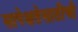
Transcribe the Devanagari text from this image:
सापेक्षतेसाठीची